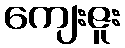
ကျေးဇူး